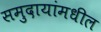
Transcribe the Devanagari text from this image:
समुदायांमधील